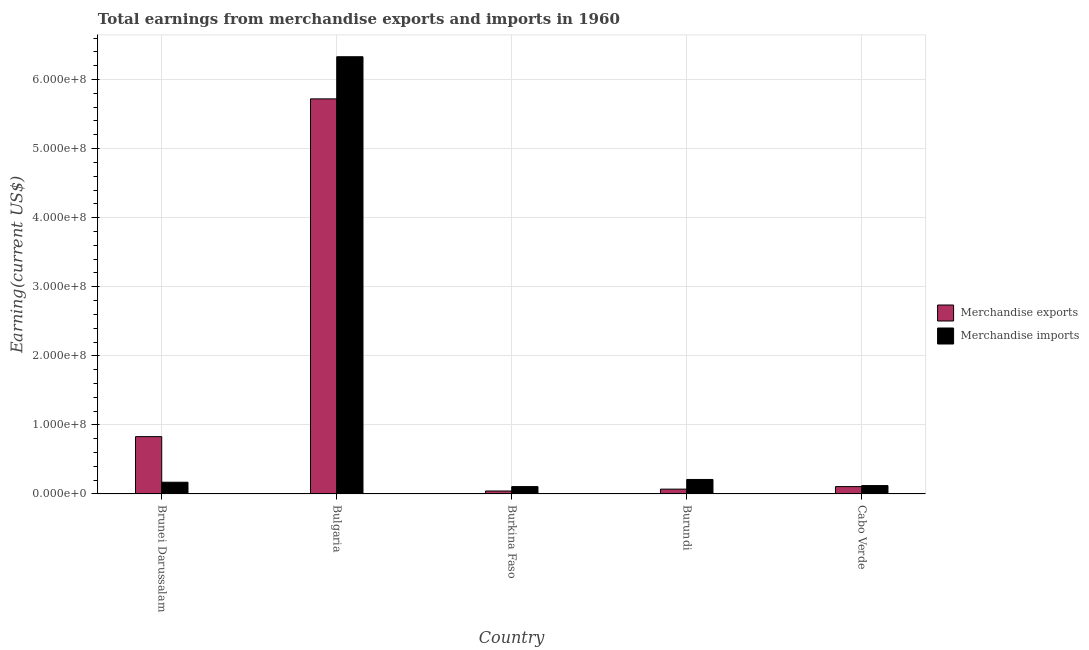
| Country | Merchandise exports | Merchandise imports |
 | --- | --- | --- |
 | Brunei Darussalam | 8.3e+07 | 1.7e+07 |
 | Bulgaria | 5.72e+08 | 6.33e+08 |
 | Burkina Faso | 4.31e+06 | 1.07e+07 |
 | Burundi | 7e+06 | 2.1e+07 |
 | Cabo Verde | 1.07e+07 | 1.21e+07 |